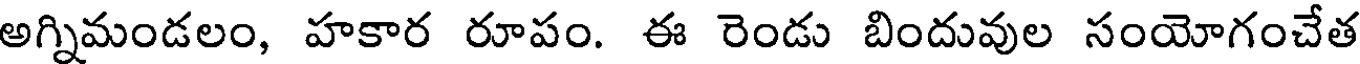
అగ్నిమండలం, హకార రూపం. ఈ రెండు బిందువుల సంయోగంచేత